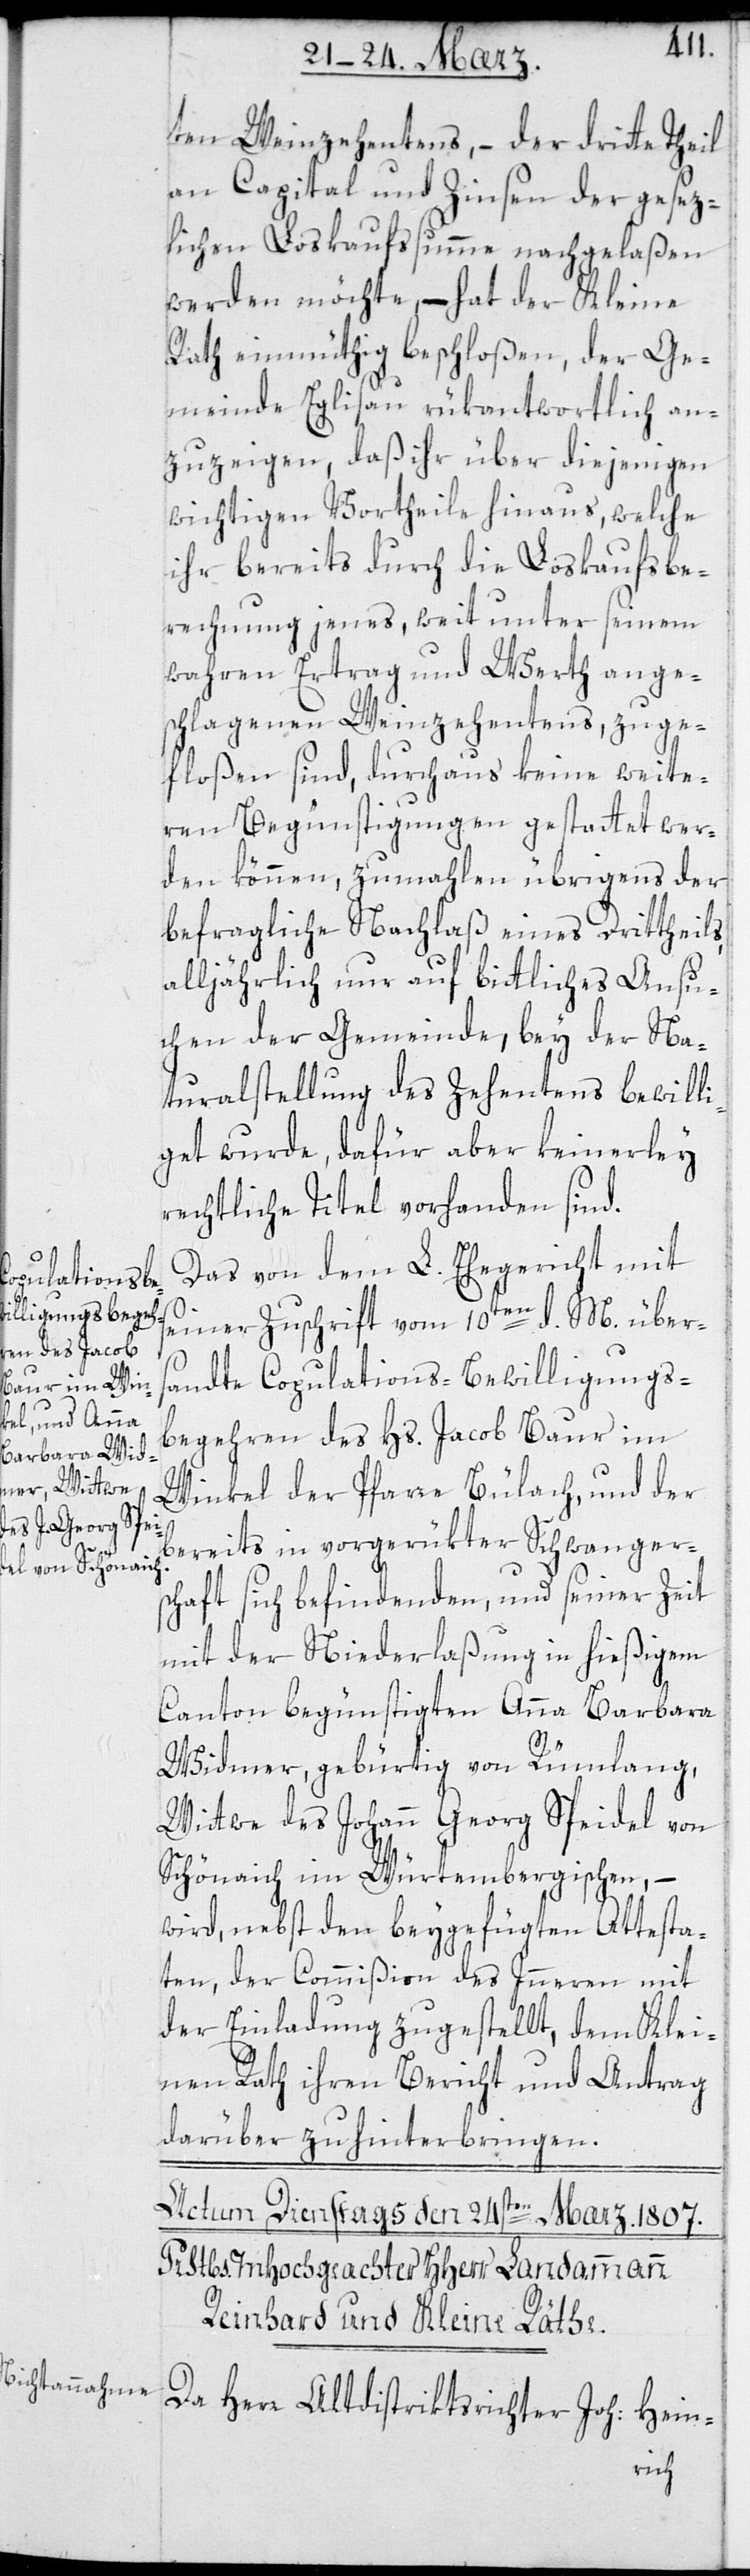
ten Weinzehentens, – der dritte Theil
an Capital und Zinsen der gesez¬
lichen Loskaufssumme nachgelaßen
werden möchte, – hat der Kleine
Rath einmüthig beschloßen, der Ge¬
meinde Eglisau rükantwortlich an¬
zuzeigen, daß ihr über diejenigen
wichtigen Vortheile hinaus, welche
ihr bereits durch die Loskaufsbe¬
rechnung jenes weit unter seinem
wahren Ertrag und Werth ange¬
schlagenen Weinzehentens, zuge¬
floßen sind, durchaus keine weite¬
ren Begünstigungen gestattet wer¬
den können, zumahlen übrigens der
befragliche Nachlaß eines Drittheils,
alljährlich nur auf bittliches Ansu¬
chen der Gemeinde, bey der Na¬
turalstellung des Zehentens bewilli¬
get wurde, dafür aber keinerley
rechtliche Titel vorhanden sind.
Das von dem L. Ehegericht mit
seiner Zuschrift vom 10ten d. M. über¬
sandte Copulations-Bewilligungs¬
begehren des Hs. Jacob Baur im
Winkel der Pfarre Bülach, und der
bereits in vorgerükter Schwanger¬
schaft sich befindenden und seiner Zeit
mit der Niederlaßung in hießigem
Canton begünstigten Anna Barbara
Widmer, gebürtig von Rümlang,
Wittwe des Johann Georg Speidel von
Schönaich im Würtembergischen, –
wird, nebst den beygefügten Attesta¬
ten, der Commißion des Innern mit
der Einladung zugestellt, dem Klei¬
nen Rath ihren Bericht und Antrag
darüber zu hinterbringen.